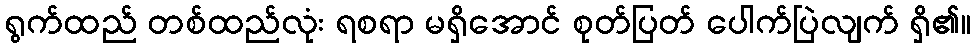
ရွက်ထည် တစ်ထည်လုံး ရစရာ မရှိအောင် စုတ်ပြတ် ပေါက်ပြဲလျက် ရှိ၏။